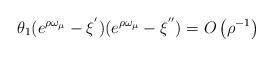
LaTeX: \begin{align*}\theta_{1}(e^{\rho\omega_{\mu}}-\xi^{^{\prime}})(e^{\rho\omega_{\mu}}-\xi^{^{\prime\prime}})=O\left( \rho^{-1}\right)\end{align*}